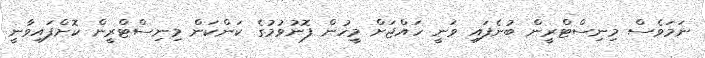
ނަމަވެސް މިނިސްޓްރީން ބުނެފައި ވަނީ ހައްޖަށް މީހުން ފޮނުވުމުގެ ކަންކަން މިނިސްޓްރީން ކޮށްފައިވާނީ